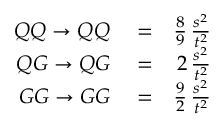
\begin{array} { r l r } { Q Q \to Q Q } & { { } = } & { \frac 8 9 \, \frac { s ^ { 2 } } { t ^ { 2 } } } \\ { Q G \to Q G } & { { } = } & { 2 \, \frac { s ^ { 2 } } { t ^ { 2 } } } \\ { G G \to G G } & { { } = } & { \frac 9 2 \, \frac { s ^ { 2 } } { t ^ { 2 } } } \end{array}